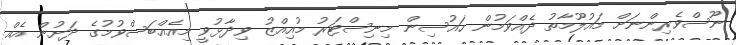
ނޫސްވެރިންނަށް މައުލޫމާތު ދެއްވަމުން ހައުސިން މިނިސްޓަރު މުއިއްޒު ވިދާޅުވީ މިއެއްބަސްވުމުގެ ދަށުން އެއް